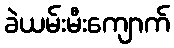
ခဲယမ်းမီးကျောက်